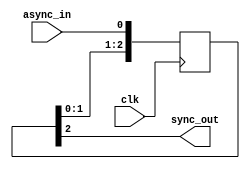
module cascade_synchronizer (
  input wire clk, // clock input
  input wire async_in, // asynchronous input signal
  output wire sync_out // synchronized output signal
);

reg [2:0] flip_flop; // 3-stage cascade flip-flop

always @(posedge clk) begin
  flip_flop <= {flip_flop[1:0], async_in}; // cascade flip-flop configuration
end

assign sync_out = flip_flop[2]; // synchronized output signal

endmodule